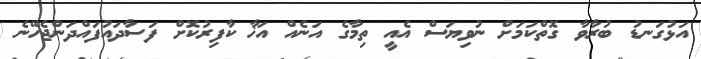
އަޅުގަނޑު ބުރާވާ ގޮތްކަމަށް ނުވިޔަސް އެއީ ތިމާގެ އަނެއް އަޚާ ކާފިރުކޮށް ފަސާދައުފައްދަންޖެހޭނެ